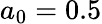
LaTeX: a_{0}=0.5